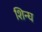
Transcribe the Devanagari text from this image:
शिन्घ